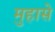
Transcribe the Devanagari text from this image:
मुहासे